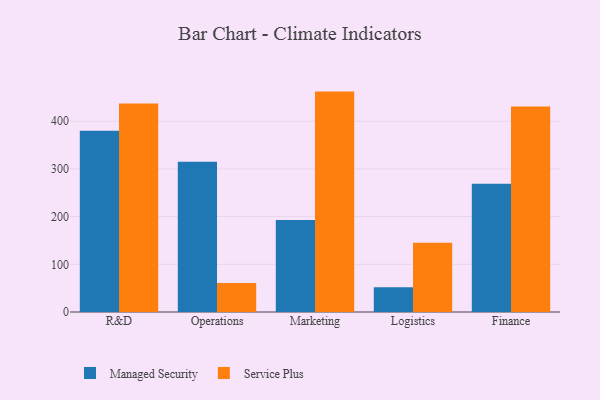
{"axis": {"x": "Department", "y": "Churn Rate (%)"}, "legend": ["Managed Security", "Service Plus"], "data": [{"x": "R&D", "y": 380.0, "type": "Managed Security"}, {"x": "R&D", "y": 437.4, "type": "Service Plus"}, {"x": "Operations", "y": 314.9, "type": "Managed Security"}, {"x": "Operations", "y": 60.9, "type": "Service Plus"}, {"x": "Marketing", "y": 192.8, "type": "Managed Security"}, {"x": "Marketing", "y": 462.1, "type": "Service Plus"}, {"x": "Logistics", "y": 51.7, "type": "Managed Security"}, {"x": "Logistics", "y": 145.4, "type": "Service Plus"}, {"x": "Finance", "y": 269.1, "type": "Managed Security"}, {"x": "Finance", "y": 430.7, "type": "Service Plus"}]}